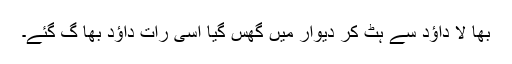
بھا لا داؤد سے ہٹ کر دیوار میں گھس گیا اسی رات داؤد بھا گ گئے۔